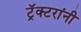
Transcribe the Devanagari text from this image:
ट्रॅक्टरांनी